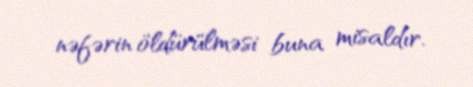
nəfərin öldürülməsi buna misaldır.